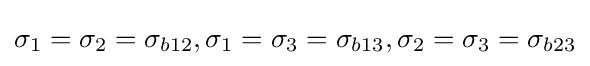
\sigma _{1}=\sigma _{2}=\sigma _{b12},\sigma _{1}=\sigma _{3}=\sigma _{b13},\sigma _{2}=\sigma _{3}=\sigma _{b23}